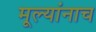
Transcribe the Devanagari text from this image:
मूल्यांनाच